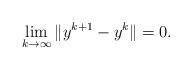
LaTeX: \begin{align*}\lim_{k\to\infty}\|y^{k+1}-y^{k}\|=0.\end{align*}